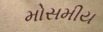
મોસમીય